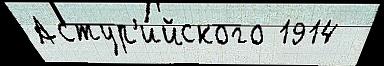
Астур'и́йского 1914